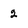
Character: 2